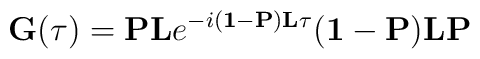
{\bf G}(\tau) = {\bf PL}e^{-i ({\bf 1} - {\bf P}) {\bf L} \tau} ({\bf 1} -{\bf P}) {\bf LP}